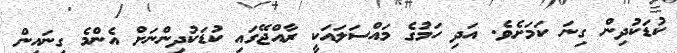
ކުޑަކުދިން ގިނަ ކަމަށެވެ. އަދި ހަމުގެ މައްސަލައަކީ ރާއްޖޭގައި ކުޑަކުދިންނަށް އެންމެ ގިނައިން